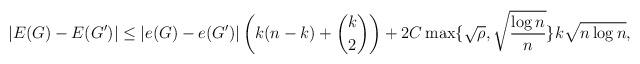
LaTeX: \begin{align*}|E(G)-E(G')|\leq |e(G)-e(G')| \left( k(n-k)+\binom{k}{2} \right) +2C \max\{\sqrt{\rho},\sqrt{\frac{\log n}{n}}\} k \sqrt{n \log n},\end{align*}